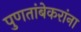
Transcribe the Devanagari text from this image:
पुणतांबेकरांना